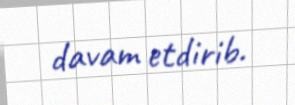
davam etdirib.